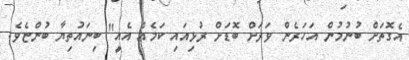
އެގޮތަށް ބުނުމުން އަހަރެން ވަރަށް ބޮޑަށް ރުޅިއައި ކަމެއް އެއީ" ބިނައުތިޔާ ބުންޏެވެ.